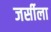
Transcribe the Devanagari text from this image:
जर्सीला